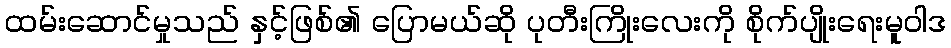
ထမ်းဆောင်မှုသည် နှင့်ဖြစ်၏ ပြောမယ်ဆို ပုတီးကြိုးလေးကို စိုက်ပျိုးရေးမူဝါဒ